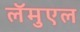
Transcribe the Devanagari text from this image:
लॅमुएल